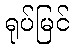
ရုပ်မြင်